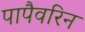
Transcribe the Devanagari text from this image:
पापैवरिन